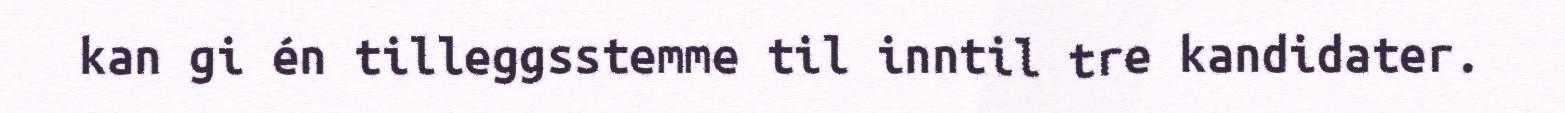
kan gi én tilleggsstemme til inntil tre kandidater.